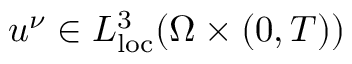
u ^ { \nu } \in L _ { \mathrm { l o c } } ^ { 3 } ( \Omega \times ( 0 , T ) )